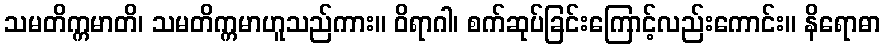
သမတိက္ကမာတိ၊ သမတိက္ကမာဟူသည်ကား။ ဝိရာဂါ၊ စက်ဆုပ်ခြင်းကြောင့်လည်းကောင်း။ နိရောဓာ